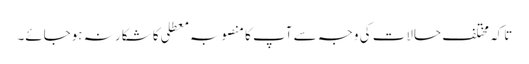
تاکہ مختلف حالات کی وجہ سے آپ کا منصوبہ معطلی کا شکار نہ ہوجائے۔